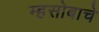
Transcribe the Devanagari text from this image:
म्हसोबाचे